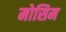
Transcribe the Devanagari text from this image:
मोसिम